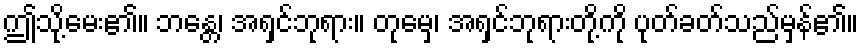
ဤသို့မေး၏။ ဘန္တေ၊ အရှင်ဘုရား။ တုမှေ၊ အရှင်ဘုရားတို့ကို ပုတ်ခတ်သည်မှန်၏။